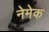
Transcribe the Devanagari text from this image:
नेमेक